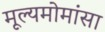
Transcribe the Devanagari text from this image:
मूल्यमोमांसा